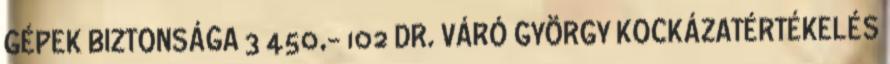
GÉPEK BIZTONSÁGA 3 450,- 102 DR. VÁRÓ GYÖRGY KOCKÁZATÉRTÉKELÉS